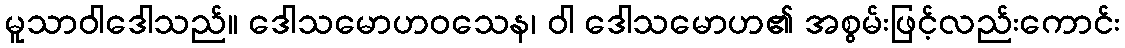
မူသာဝါဒေါသည်။ ဒေါသမောဟဝသေန၊ ဝါ ဒေါသမောဟ၏ အစွမ်းဖြင့်လည်းကောင်း